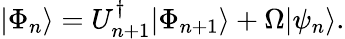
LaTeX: |\Phi_{n}\rangle=U_{n+1}^{\dagger}|\Phi_{n+1}\rangle+\Omega|\psi_{n}\rangle.